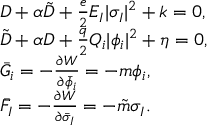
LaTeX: \begin{array} { l l } { { D + \alpha \tilde { D } + \frac { e } { 2 } E _ { I } | \sigma _ { I } | ^ { 2 } + k = 0 , } } \\ { { \tilde { D } + \alpha D + \frac { q } { 2 } Q _ { i } | \phi _ { i } | ^ { 2 } + \eta = 0 , } } \\ { { \bar { G } _ { i } = - \frac { \partial W } { \partial \bar { \phi } _ { i } } = - m \phi _ { i } , } } \\ { { \bar { F } _ { I } = - \frac { \partial W } { \partial \bar { \sigma } _ { I } } = - \tilde { m } \sigma _ { I } . } } \end{array}